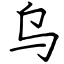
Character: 乌